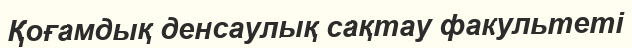
Қоғамдық денсаулық сақтау факультеті